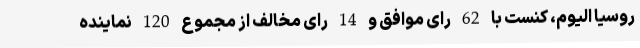
روسیا الیوم، کنست با 62 رای موافق و 14 رای مخالف از مجموع 120 نماینده